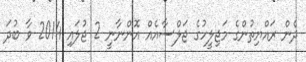
ދެން ރައްޔިތުންގެ މަޖިލީހުގެ ޖަލްސާއެއް އޮންނާނީ 2 ޖުލައި 2014 ވާ ބުދަ